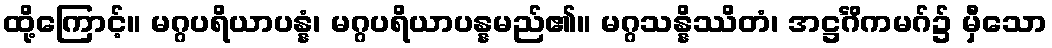
ထို့ကြောင့်။ မဂ္ဂပရိယာပန္နံ၊ မဂ္ဂပရိယာပန္နမည်၏။ မဂ္ဂသန္နိဿိတံ၊ အဋ္ဌင်္ဂိကမဂ်၌ မှီသော